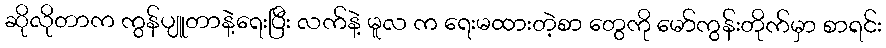
ဆိုလိုတာက ကွန်ပျူတာနဲ့ရေးပြီး လက်နဲ့ မူလ က ရေးမထားတဲ့စာ တွေကို မော်ကွန်းတိုက်မှာ စာရင်း